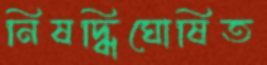
নিষদ্ধিঘোষিত